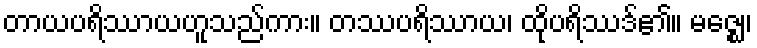
တာယပရိဿာယဟူသည်ကား။ တဿပရိဿာယ၊ ထိုပရိဿဒ်၏။ မဇ္ဈေ၊